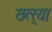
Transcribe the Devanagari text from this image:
छत्र्‍या